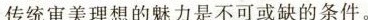
D.传统审美理相的魅力是不可或缺的条件。